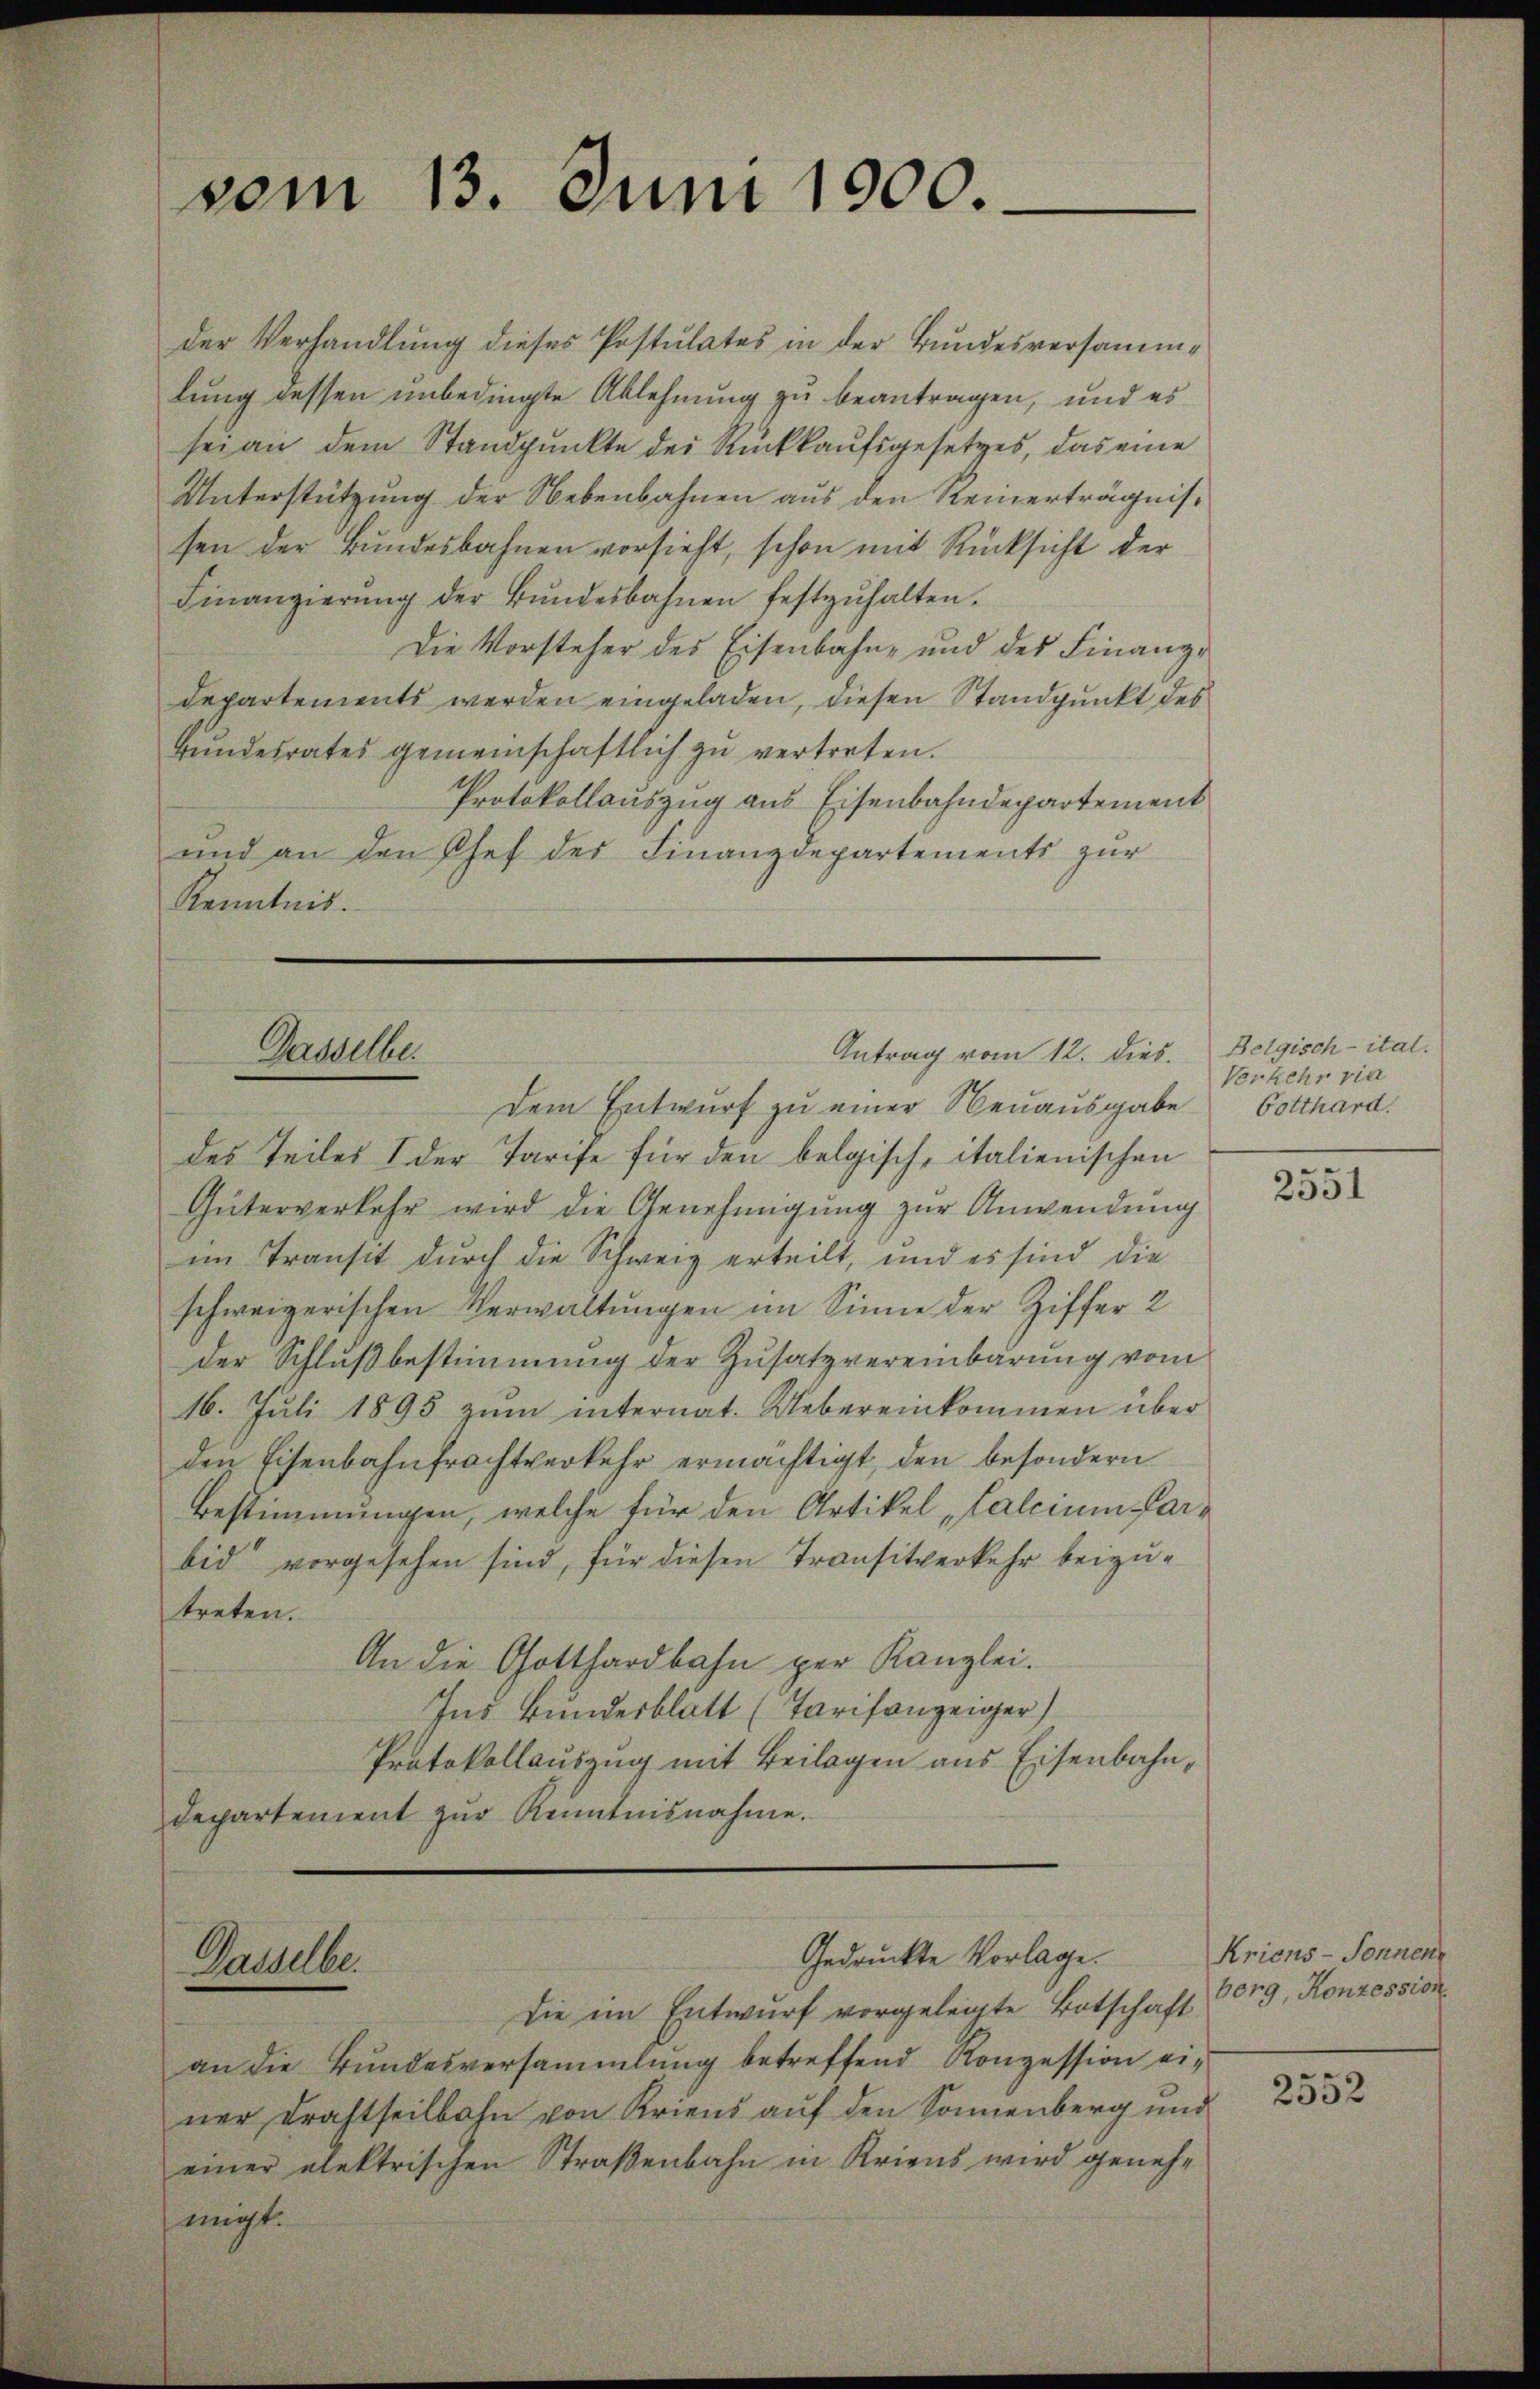
vom 13. Juni 1900.

der Verhandlung dieses Postulates in der Bundesversamm-
lung dessen unbedingte Ablehnung zu beantragen, und es
sei an dem Standpunkte der Rückkaufsgesetzes, das eine
Unterstützung der Nebenbahnen aus den Reinerträgnissen der Bundesbahnen vorsieht, schon mit Rücksicht der
Finanzierŭng der Bŭndesbahnen festzŭhalten.
Die Vorsteher des Eisenbahn- und des Finanz-
Departements werden eingeladen, diesen Standpunkt des
Hŭndesrates gemeinschaftlich zu vertreten.
Protokollauszug aus Eisenbahndepartement
und an den Chef der Finanzdepartements zur
Kenntnis.

Antrag vom 12. Dies. Belgisch-ital.
Dasselbe.

Dasselbe.

Dem Entwurf zu einer Neuausgabe
des Teiles I der Tarife für den belgisch, italienischen
Güterverkehr wird die Genehmigung zur Anwendung
im Transit durch die Schweiz erteilt, und es sind die
schweizerischen Verwaltungen im Sinne der Ziffer 2
der Schlußbestimmung der Zusatzvereinbarung vom
16. Juli 1895 zŭm internat. Uebereinkommen über
den Eisenbahnfrachtverkehr ermächtigt, den besondern
Bestimmungen, welche für den Artikel Calcium Pfarbid vorgesehen sind, für diesen Transitverkehr beizutreten.
An die Gotthardbahn per Kanzlei.
Ins Bundesblatt (Tarifonzeiger)
Protokollauszug mit Beilagen aus Eisenbahndepartement zur Kenntnisnahme.

Gedruckte Vorlage.

Die im Entwurf vorgeleigte Botschaft (org, Konzession
an die Bundesversammlung betreffend Konzession ei-
ner Drahtheilbahn von Kriens auf den Sonnenberg und
einer elektrischen Straßenbahn in Kriens wird genehmigt.

Verkehr via
Gotthard.
.

2351

Kriens - Sonnen

2552